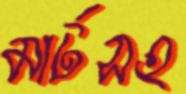
মার্টসহ